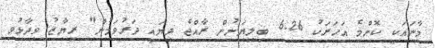
މާނައަކީ ކޮންމެ އަހަރަކު 6.26 ބިލިޔަނުން ރާއްޖެ ދިޔައީ ދަރުވަމުން" ރިޔާޒު ވިދާޅުވި